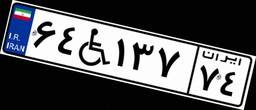
۶۹W۳۴۷۹۸